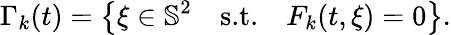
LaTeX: \Gamma_{k}(t)=\big\{ \xi\in\mathbb{S}^{2}\quad\textnormal{s.t.}\quad F_{k}(t,\xi)=0\big\} .